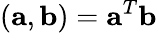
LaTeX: (\mathbf{a},\mathbf{b})=\mathbf{a}^{T}\mathbf{b}